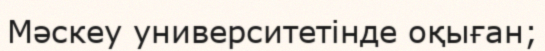
Мәскеу университетінде оқыған;